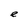
Character: e